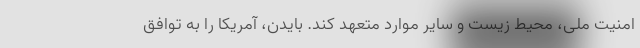
امنیت ملی، محیط زیست و سایر موارد متعهد کند. بایدن، آمریکا را به توافق